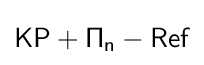
{\mathsf {KP+\Pi }}_{\mathsf {n}}-{\mathsf {Ref}}